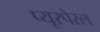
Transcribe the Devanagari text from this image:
प्यूरपेरल